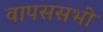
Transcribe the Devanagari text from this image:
वापससभी